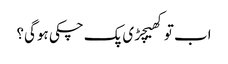
اب توکھیچڑی پک چکی ہوگی؟